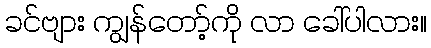
ခင်ဗျား ကျွန်တော့်ကို လာ ခေါ်ပါလား။